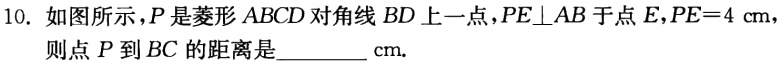
10. 如图所示，\(P\)是菱形\(ABCD\)对角线\(BD\)上一点，\(PE\perp AB\)于点\(E\)，\(PE = 4\mathrm{cm}\)，则点\(P\)到\(BC\)的距离是__________\(\mathrm{cm}\).